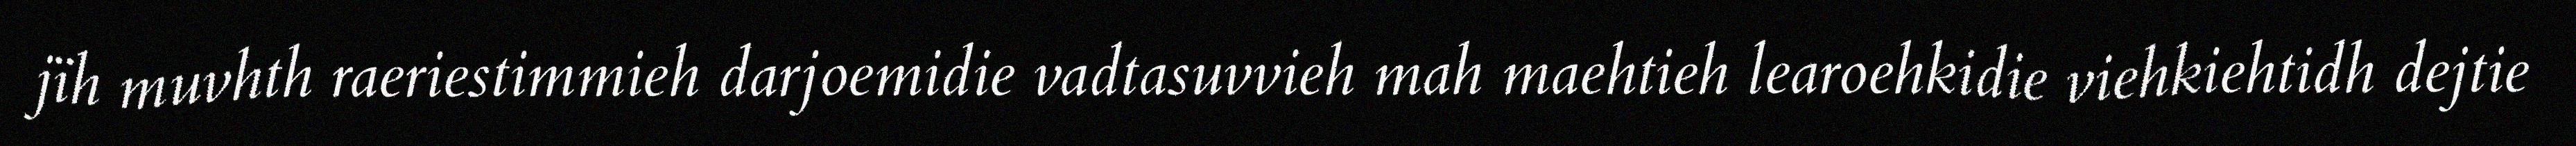
jïh muvhth raeriestimmieh darjoemidie vadtasuvvieh mah maehtieh learoehkidie viehkiehtidh dejtie